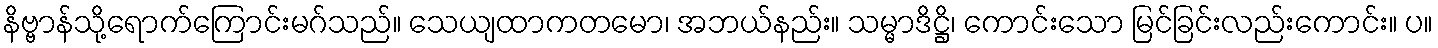
နိဗ္ဗာန်သို့ရောက်ကြောင်းမဂ်သည်။ သေယျထာကတမော၊ အဘယ်နည်း။ သမ္မာဒိဋ္ဌိ၊ ကောင်းသော မြင်ခြင်းလည်းကောင်း။ ပ။